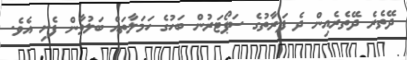
ދޭތެރެ ދޭތެރެއިން ދެ ފަރާތުގެ ސަޕޯޓަރުން ބަހުގެ ހަމަލާތައް ބަަލުވާން ފެށި އެވެ.